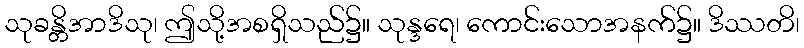
သုခန္တိအာဒိသု၊ ဤသို့အစရှိသည်၌။ သုန္ဒရေ၊ ကောင်းသောအနက်၌။ ဒိဿတိ၊